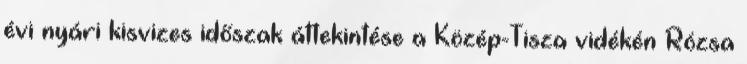
évi nyári kisvizes időszak áttekintése a Közép-Tisza vidékén Rózsa